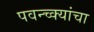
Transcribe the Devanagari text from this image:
पवन्च्क्यांचा